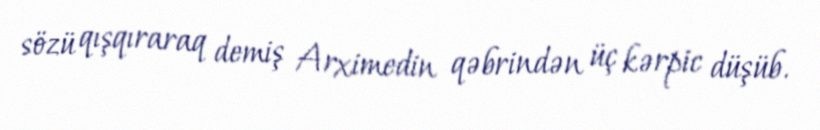
sözü qışqıraraq demiş Arximedin qəbrindən üç kərpic düşüb.